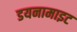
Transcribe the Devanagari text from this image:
डयनामाइट